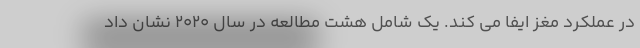
در عملکرد مغز ایفا می کند. یک شامل هشت مطالعه در سال 2020 نشان داد